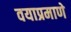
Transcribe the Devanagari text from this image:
वयाप्रमाणे